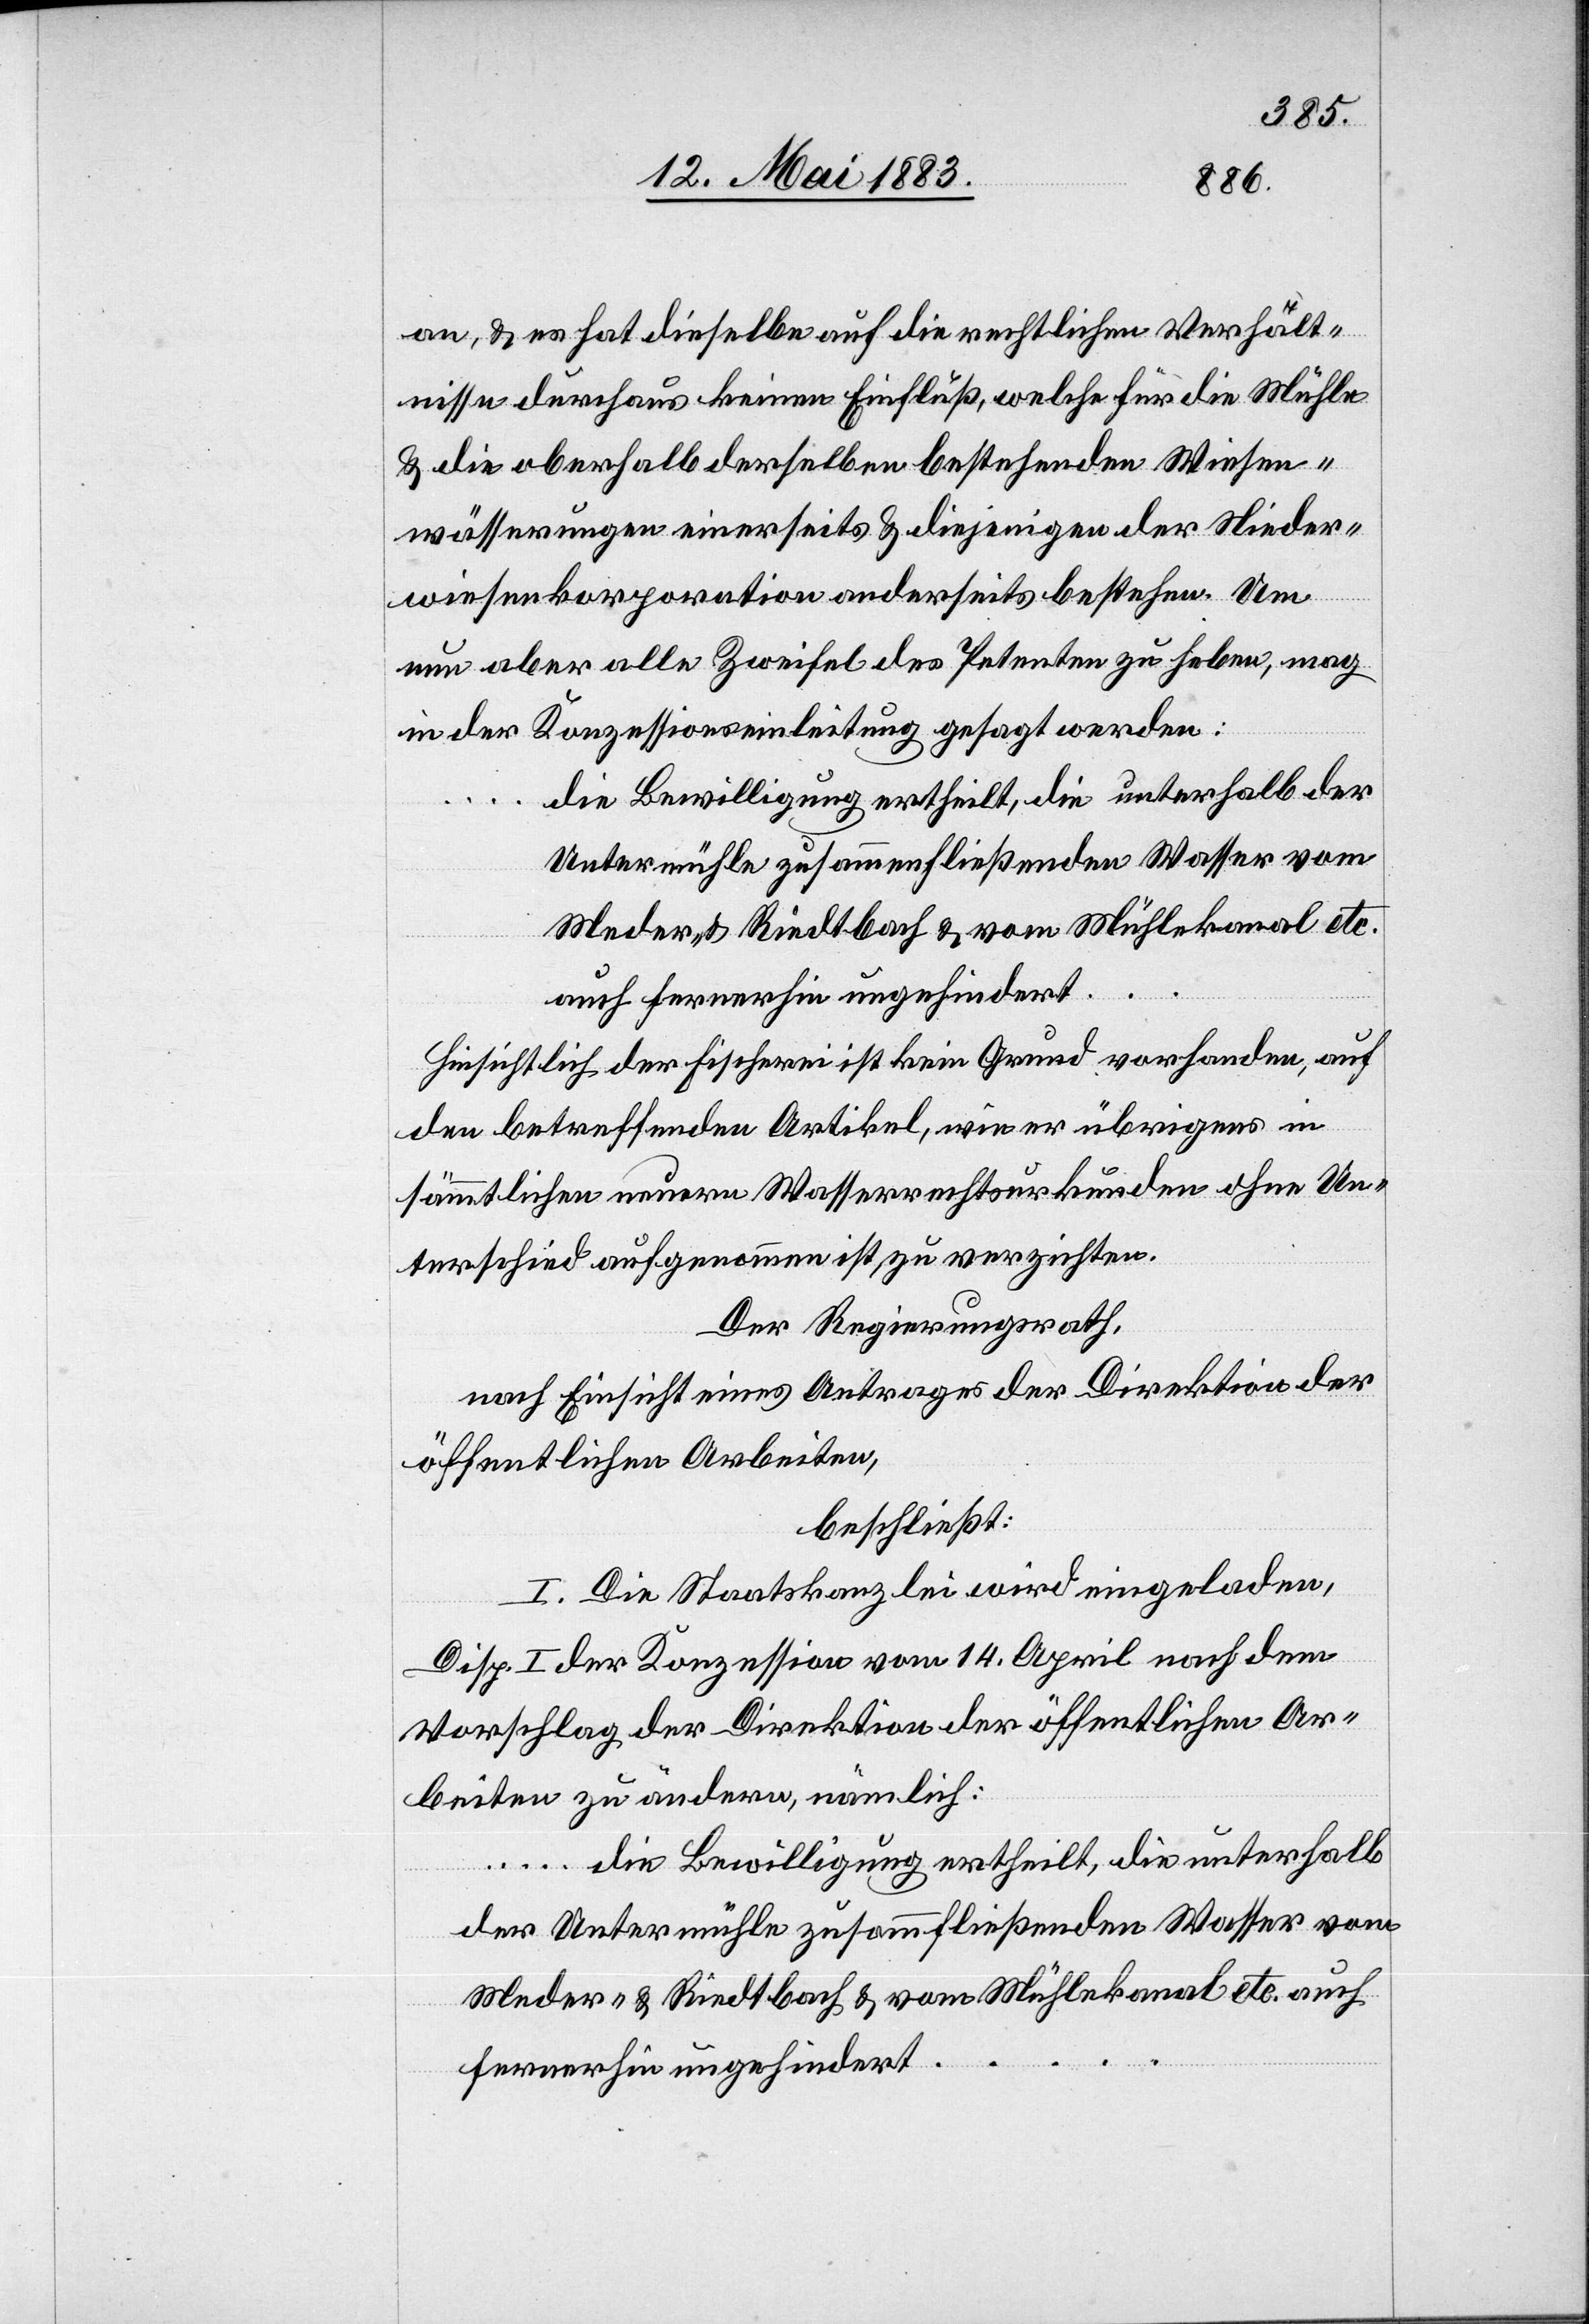
an, & es hat dieselbe auf die rechtlichen Verhält¬
nisse durchaus keinen Einfluß, welche für die Mühle
& die oberhalb derselben bestehenden Wiesen¬
wässerungen einerseits & diejenigen der Nieder¬
wiesenkorporation anderseits bestehen. Um
nun aber alle Zweifel des Petenten zu heben, mag
in der Konzessionseinleitung gesagt werden:
die Bewilligung ertheilt, die unterhalb der
Untermühle zusammenfließenden Wasser vom
Hinsichtlich der Fischerei ist kein Grund vorhanden, auf
den betreffenden Artikel, wie er übrigens in
sämmtlichen neuern Wasserrechtsurkunden ohne Un¬
terschied aufgenommen ist, zu verzichten.
Der Regierungsrath,
nach Einsicht eines Antrages der Direktion der
öffentlichen Arbeiten,
beschließt:
I. Die Staatskanzlei wird eingeladen,
Disp. I der Konzession vom 14. April nach dem
Vorschlag der Direktion der öffentlichen Ar¬
beiten zu ändern, nämlich:
Meder- & Riedtbach & vom Mühlekanal etc. auch
…
fernerhin ungehindert …